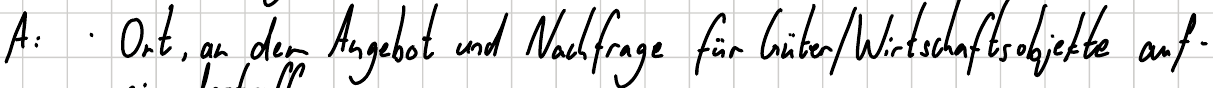
A: Ort, an der Angebot und Nachfrage für Güter / Wirtschaftsobjekte auf